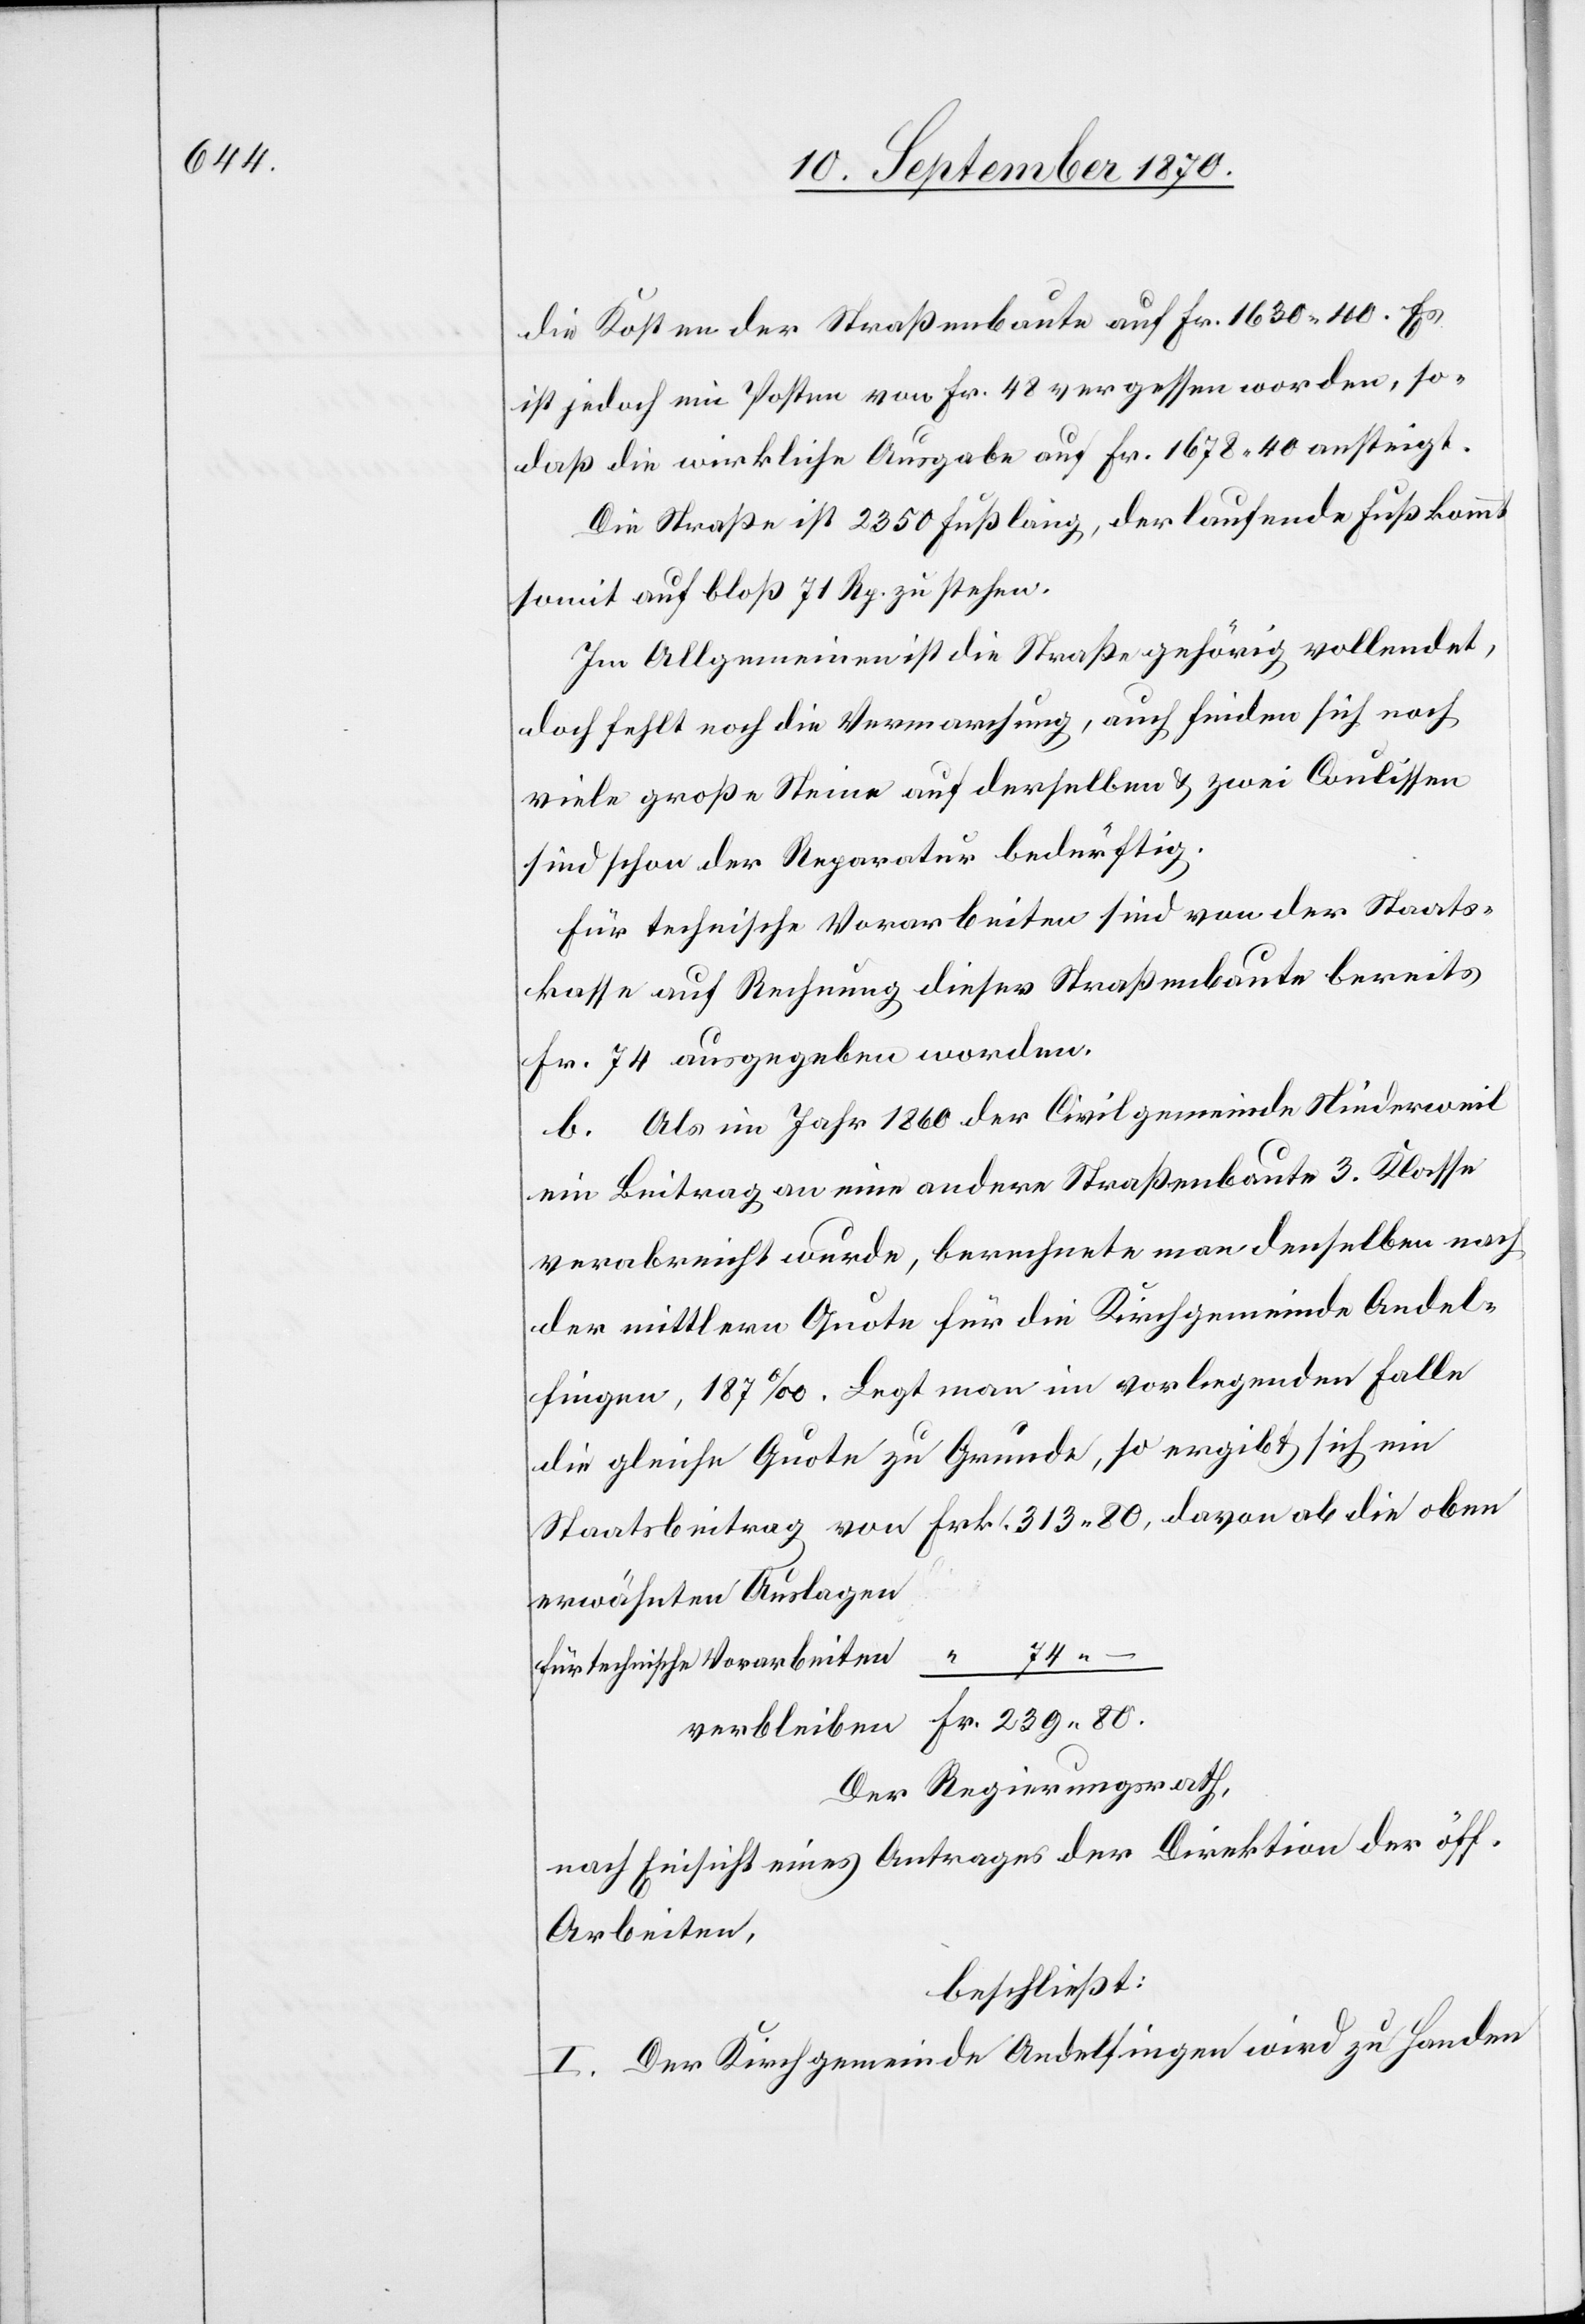
die Kosten der Straßenbaute auf Fr. 1630.40. es
ist jedoch ein Posten von Fr. 48 vergessen worden, so
daß die wirkliche Ausgabe auf Fr. 1678.40 ansteigt.
Die Straße ist 2350 Fuß lang, der laufende Fuß kommt
somit auf bloß 71 Rp. zu stehen.
Im Allgemeinen ist die Straße gehörig vollendet,
doch fehlt noch die Vermarchung, auch finden sich noch
viele große Steine auf derselben & zwei Coulissen
sind schon der Reparatur bedürftig.
Für technische Vorarbeiten sind von der Staats¬
kasse auf Rechnung dieser Straßenbaute bereits
Fr. 74 ausgegeben worden.
b. Als im Jahr 1860 der Civilgemeinde Niederweil
ein Beitrag an eine andere Straßenbaute 3. Klasse
verabreicht wurde, berechnete man denselben nach
der mittlern Quote für die Kirchgemeinde Andel¬
fingen, 187‰. Legt man im vorliegenden Falle
erwähnten Auslagen
Fr.
.
für technische Vorarbeiten
Der Regierungsrath,
nach Einsicht eines Antrages der Direktion der öff.
Arbeiten,
beschließt:
I. Der Kirchgemeinde Andelfingen wird zu Handen